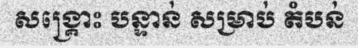
សង្គ្រោះ បន្ទាន់ សម្រាប់ តំបន់